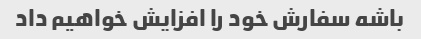
باشه سفارش خود را افزایش خواهیم داد